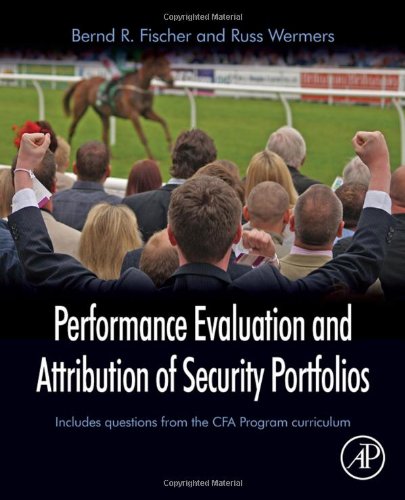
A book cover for Performance Evaluation and Attribution of Security Portfolios (Handbooks in Economics (Academic Press)); Bernd R. Fischer; Business & Money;